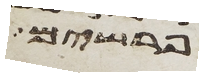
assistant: פרשים